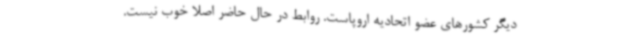
دیگر کشورهای عضو اتحادیه اروپاست. روابط در حال حاضر اصلا خوب نیست.